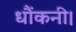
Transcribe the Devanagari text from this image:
धौंकनी।